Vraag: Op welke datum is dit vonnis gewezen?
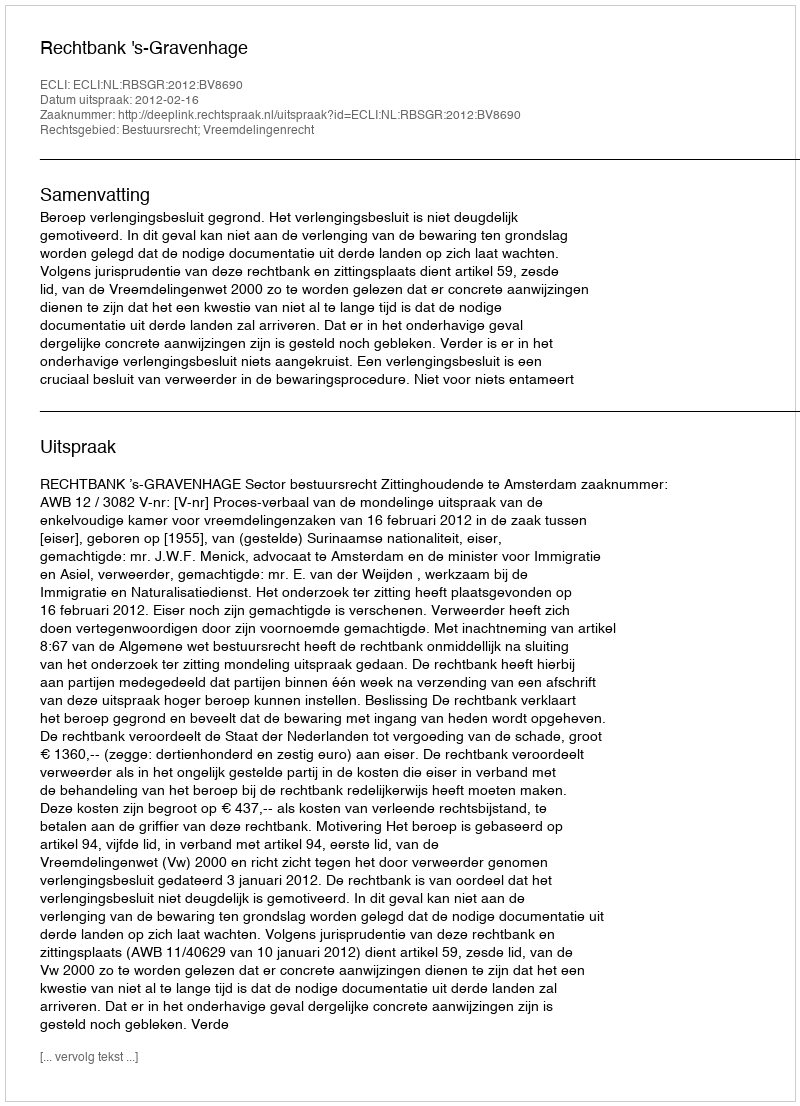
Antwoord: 2012-02-16